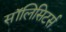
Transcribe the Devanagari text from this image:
सॉलिसिटर्स